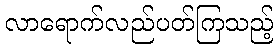
လာရောက်လည်ပတ်ကြသည့်